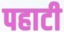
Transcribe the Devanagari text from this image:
पहाटी